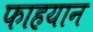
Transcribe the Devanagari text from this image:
फाहयान